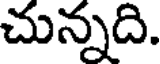
చున్నది.